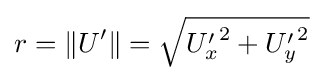
r=\|U'\|={\sqrt {{U'_{x}}^{2}+{U'_{y}}^{2}}}